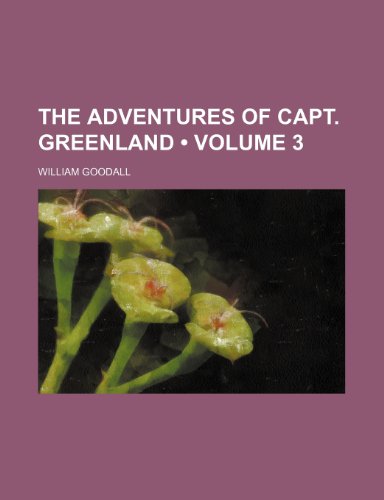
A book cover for The Adventures of Capt. Greenland (Volume 3); William Goodall; History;